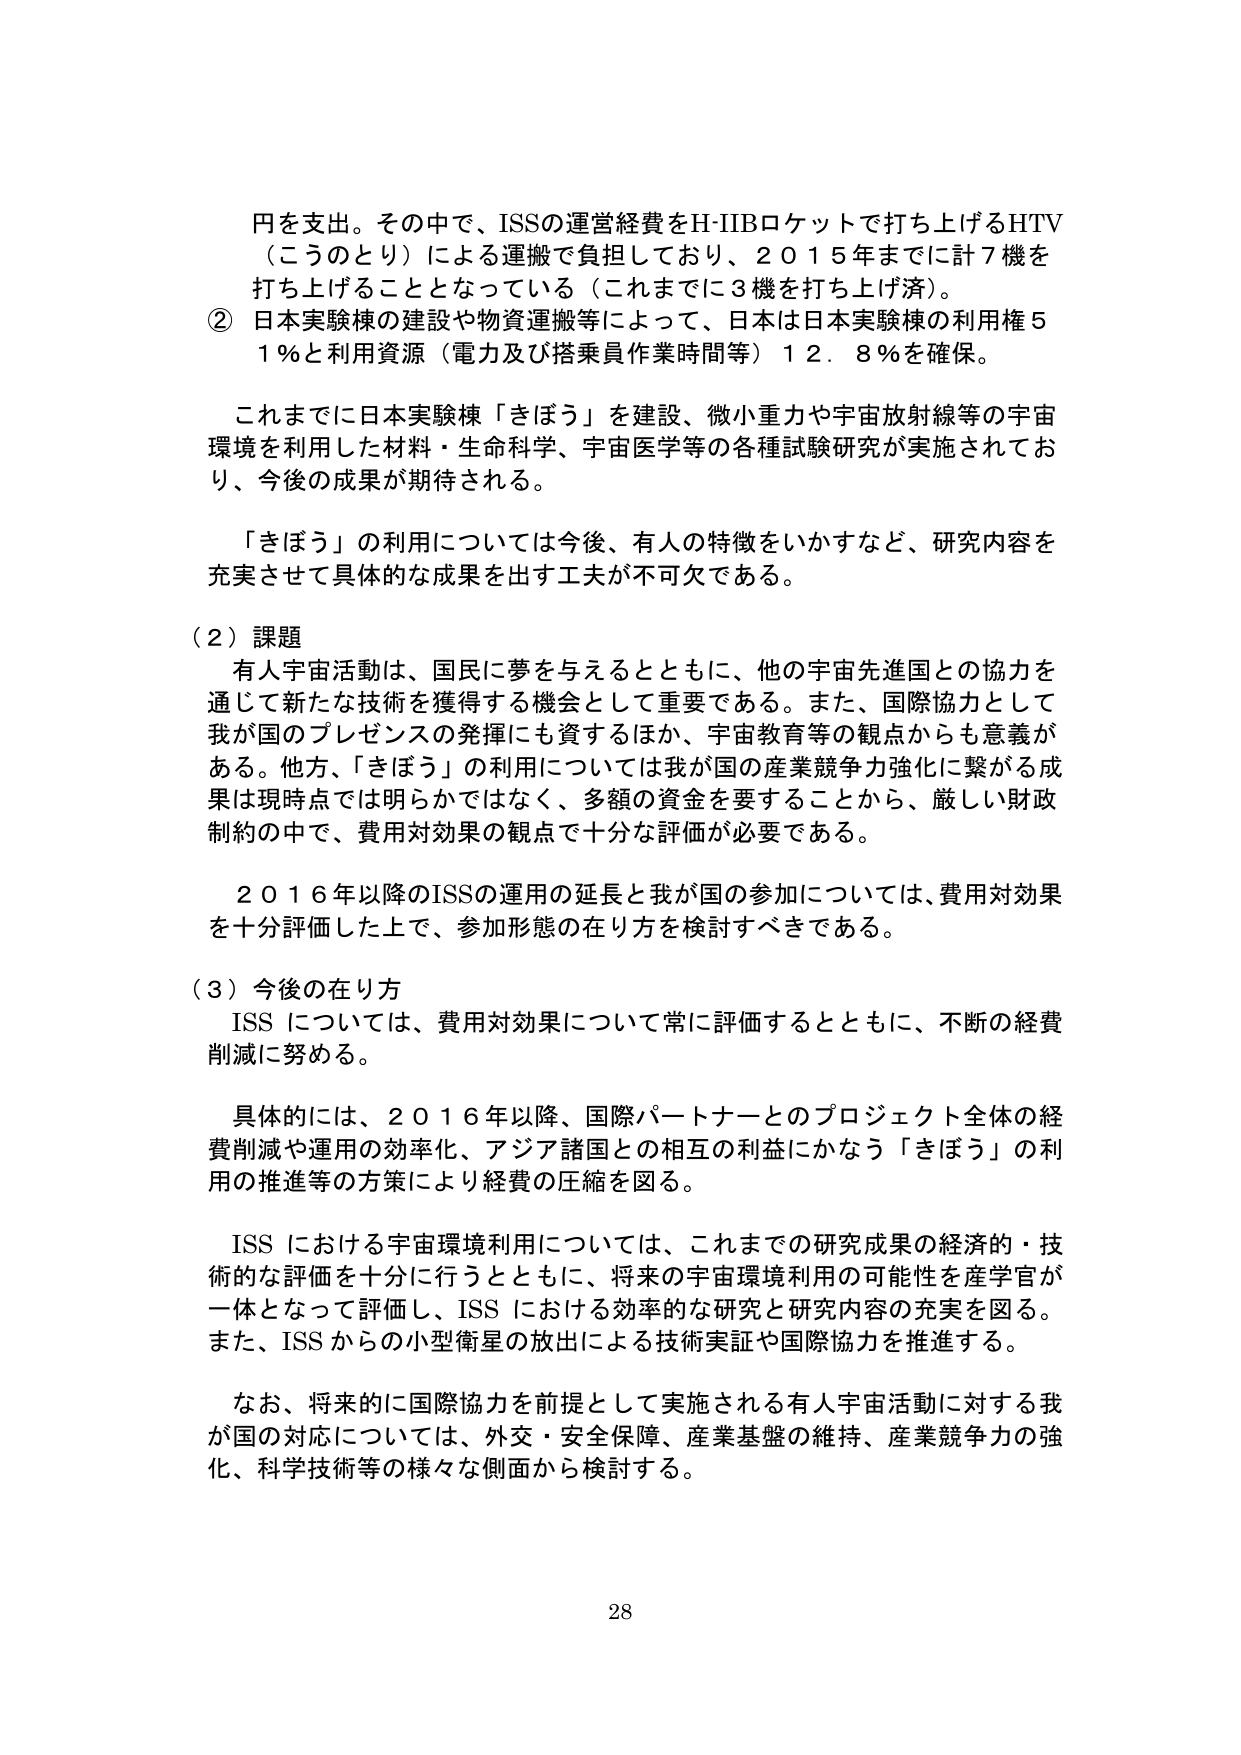
円を支出。その中で、ISSの運営経費をH-IIBロケットで打ち上げるHTV（こうのとり）による運搬で負担しており、２０１５年までに計７機を打ち上げることとなっている（これまでに３機を打ち上げ済）。

② 日本実験棟の建設や物資運搬等によって、日本は日本実験棟の利用権５１％と利用資源（電力及び搭乗員作業時間等）１２．８％を確保。

これまでに日本実験棟「きぼう」を建設、微小重力や宇宙放射線等の宇宙環境を利用した材料・生命科学、宇宙医学等の各種試験研究が実施されており、今後の成果が期待される。

「きぼう」の利用については今後、有人の特徴をいかすなど、研究内容を充実させて具体的な成果を出す工夫が不可欠である。

（２）課題
有人宇宙活動は、国民に夢を与えるとともに、他の宇宙先進国との協力を通じて新たな技術を獲得する機会として重要である。また、国際協力として我が国のプレゼンスの発揮にも資するほか、宇宙教育等の観点からも意義がある。他方、「きぼう」の利用については我が国の産業競争力強化に繋がる成果は現時点では明らかではなく、多額の資金を要することから、厳しい財政制約の中で、費用対効果の観点で十分な評価が必要である。

２０１６年以降のISSの運用の延長と我が国の参加については、費用対効果を十分評価した上で、参加形態の在り方を検討すべきである。

（３）今後の在り方
ISS については、費用対効果について常に評価するとともに、不断の経費削減に努める。

具体的には、２０１６年以降、国際パートナーとのプロジェクト全体の経費削減や運用の効率化、アジア諸国との相互の利益にかなう「きぼう」の利用の推進等の方策により経費の圧縮を図る。

ISS における宇宙環境利用については、これまでの研究成果の経済的・技術的な評価を十分に行うとともに、将来の宇宙環境利用の可能性を産学官が一体となって評価し、ISS における効率的な研究と研究内容の充実を図る。また、ISS からの小型衛星の放出による技術実証や国際協力を推進する。

なお、将来的に国際協力を前提として実施される有人宇宙活動に対する我が国の対応については、外交・安全保障、産業基盤の維持、産業競争力の強化、科学技術等の様々な側面から検討する。

28